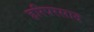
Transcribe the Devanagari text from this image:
हरिपरसाद